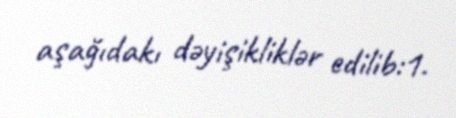
aşağıdakı dəyişikliklər edilib:1.